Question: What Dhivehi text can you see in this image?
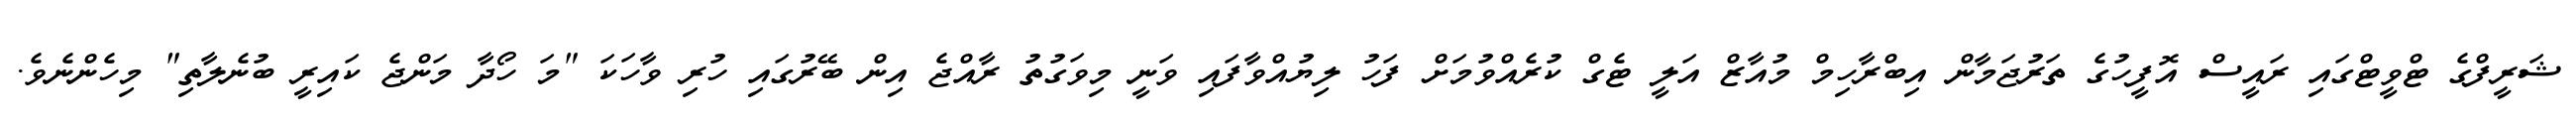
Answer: ޝަރީފްގެ ޓްވީޓްގައި ރައީސް އޮފީހުގެ ތަރުޖަމާން އިބްރާހިމް މުއާޒް އަލީ ޓެގް ކުރެއްވުމަށް ފަހު ލިޔުއްވާފައި ވަނީ މިވަގުތު ރާއްޖެ އިން ބޭރުގައި ހުރި ވާހަކަ "މަ ހޯދާ މަންޖެ ކައިރީ ބުނެލާތި" މިހެންނެވެ.